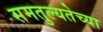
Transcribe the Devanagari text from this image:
समतुल्यतेच्या